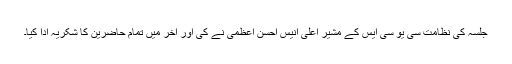
جلسہ کی نظامت سی یو سی ایس کے مشیر اعلیٰ انیس احسن اعظمی نے کی اور آخر میں تمام حاضرین کا شکریہ ادا کیا۔